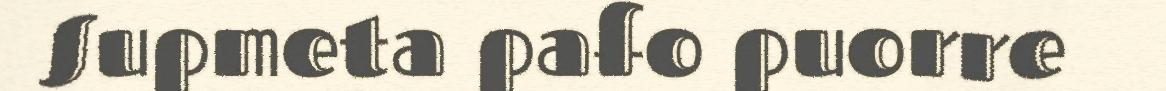
Supmeta pafo puorre